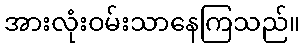
အားလုံးဝမ်းသာနေကြသည်။